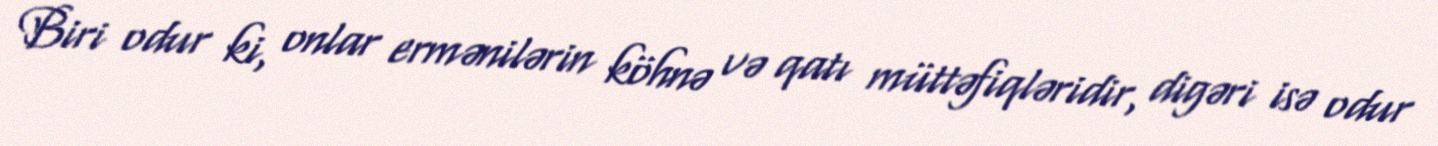
Biri odur ki, onlar ermənilərin köhnə və qatı müttəfiqləridir, digəri isə odur